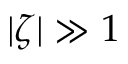
| \zeta | \gg 1